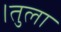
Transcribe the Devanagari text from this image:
।तुला